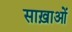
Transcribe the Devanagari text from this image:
साख़ाओं